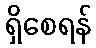
ရှိစေရန်